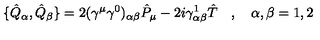
\{ \hat { Q } _ { \alpha } , \hat { Q } _ { \beta } \} = 2 ( \gamma ^ { \mu } \gamma ^ { 0 } ) _ { \alpha \beta } \hat { P } _ { \mu } - 2 i \gamma _ { \alpha \beta } ^ { 1 } \hat { T } \quad , \quad \alpha , \beta = 1 , 2